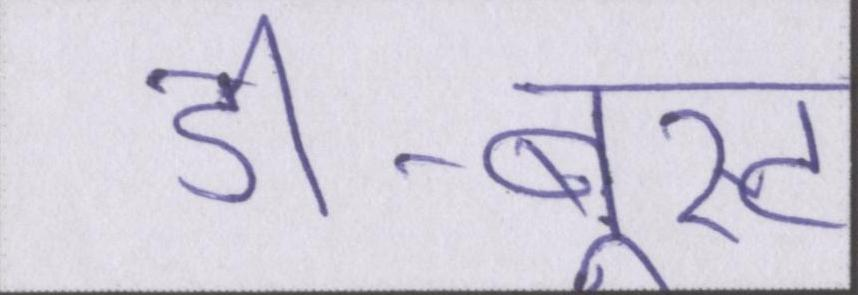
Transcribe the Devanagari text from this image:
डी-बूस्ट